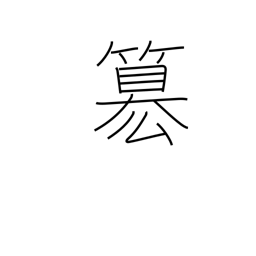
Meaning: rob